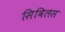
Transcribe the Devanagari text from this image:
सिविलस